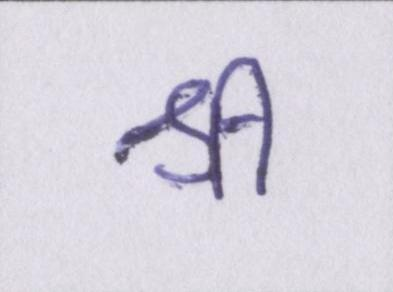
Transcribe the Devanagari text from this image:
श्री